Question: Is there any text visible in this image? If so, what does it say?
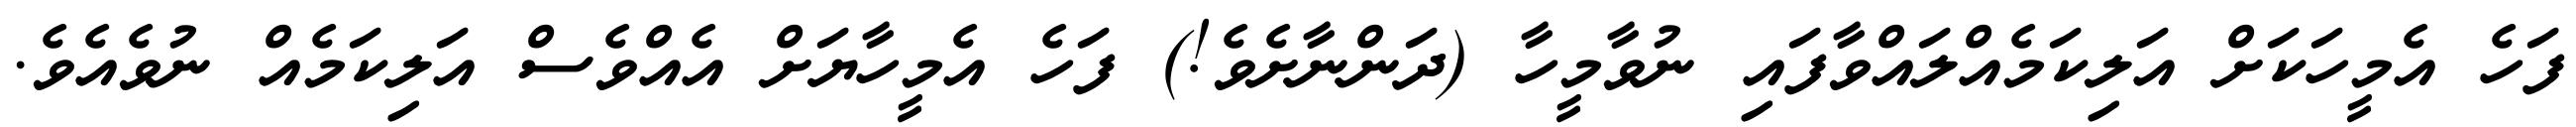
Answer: ފަހެ އެމީހަކަށް އަލިކަމެއްލައްވާފައި ނުވާމީހާ (ދަންނާށެވެ!) ފަހެ އެމީހާޔަށް އެއްވެސް އަލިކަމެއް ނުވެއެވެ.